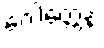
ဂေါတ္တေန